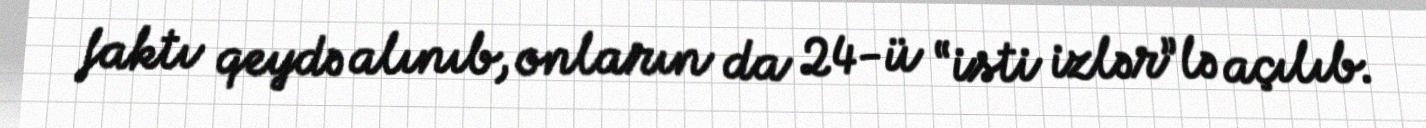
faktı qeydə alınıb, onların da 24-ü “isti izlər”lə açılıb.